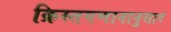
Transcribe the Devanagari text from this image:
क्रिस्तगणानानुसार